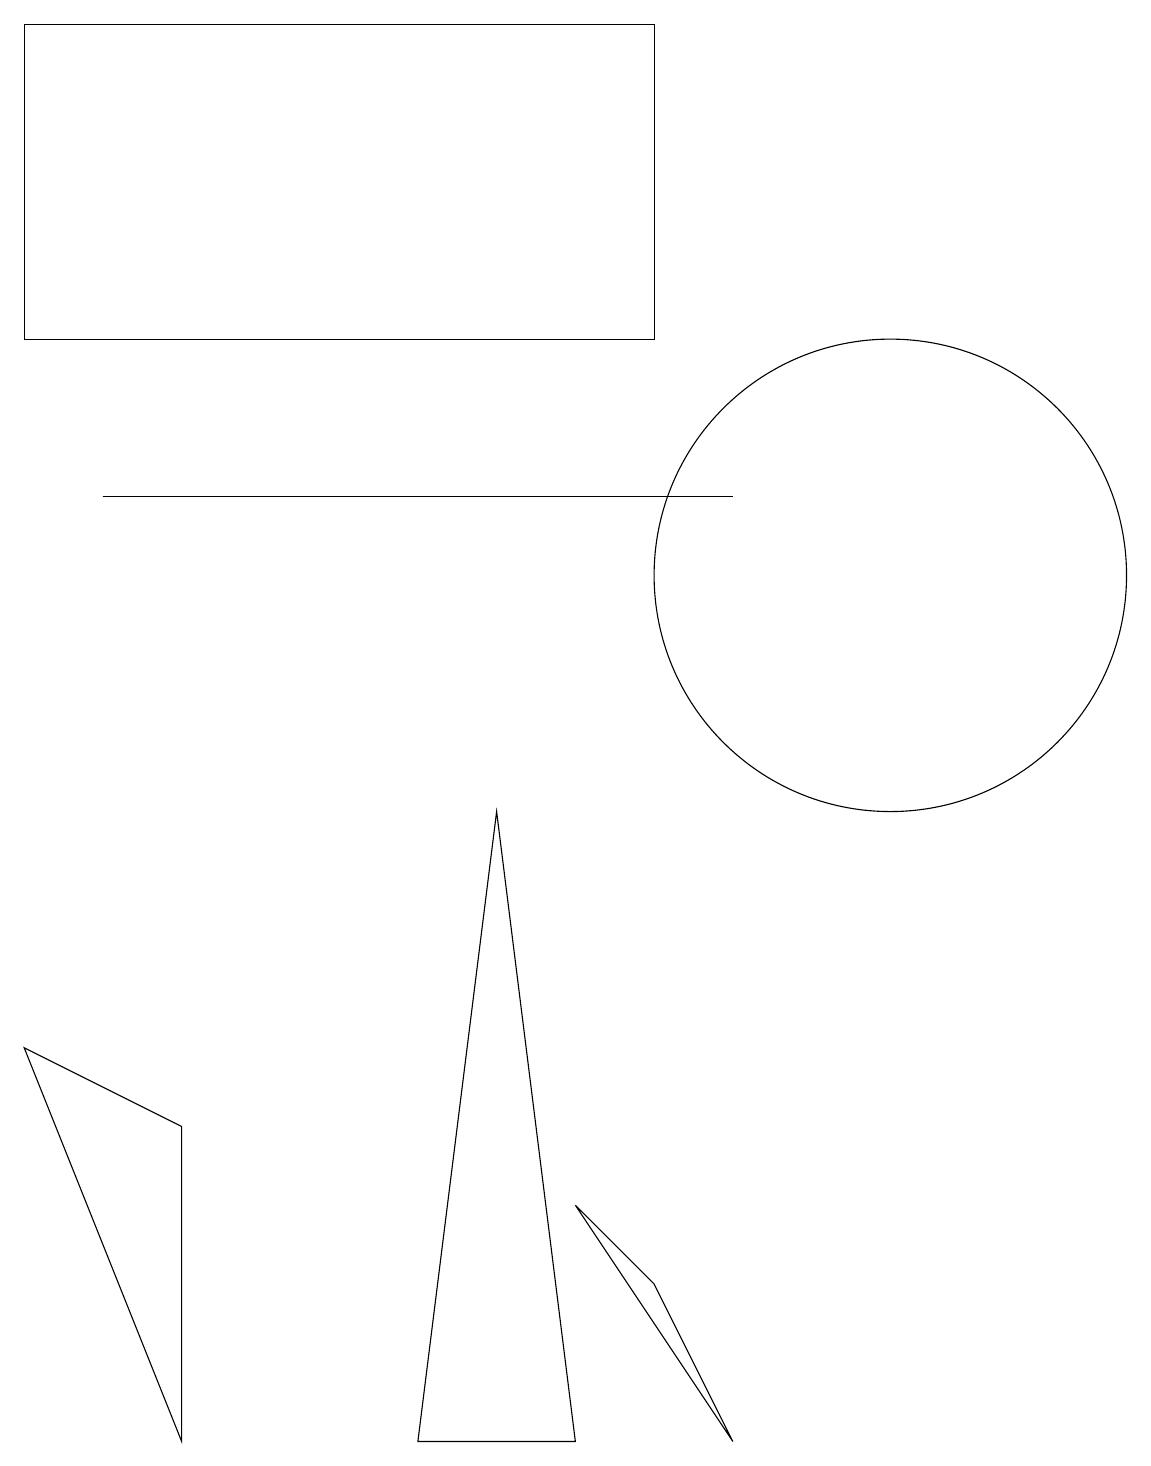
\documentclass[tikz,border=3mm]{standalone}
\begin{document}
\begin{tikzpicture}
\draw (11,11) circle (0);
\draw (11,11) circle (3);
\draw (9,0) -- (8,2) -- (7,3) -- cycle;
\draw (8,18) rectangle (0,14);
\draw (7,0) -- (5,0) -- (6,8) -- cycle;
\draw (2,0) -- (0,5) -- (2,4) -- cycle;
\draw (1,12) rectangle (9,12);
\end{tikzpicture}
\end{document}